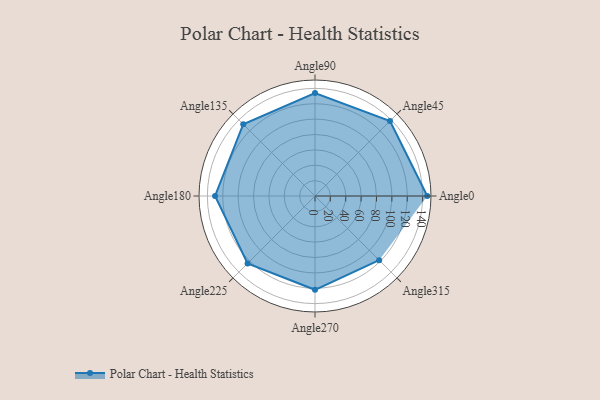
{"axis": {"x": "Angle", "y": "Radius"}, "legend": [""], "data": [{"x": "Angle0", "y": 146.0, "type": ""}, {"x": "Angle45", "y": 138.0, "type": ""}, {"x": "Angle90", "y": 134.0, "type": ""}, {"x": "Angle135", "y": 132.0, "type": ""}, {"x": "Angle180", "y": 130.0, "type": ""}, {"x": "Angle225", "y": 124.0, "type": ""}, {"x": "Angle270", "y": 122.0, "type": ""}, {"x": "Angle315", "y": 118.0, "type": ""}]}